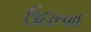
ઉદારવાદ